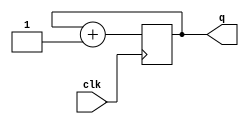
`timescale 1ns / 1ps
//////////////////////////////////////////////////////////////////////////////////
// Company: 
// Engineer: 
// 
// Design Name: 
// Module Name: counter
// Project Name: 
// Target Devices: 
// Tool Versions: 
// Description: 
// 
// Dependencies: 
// 
// Revision:
// Revision 0.01 - File Created
// Additional Comments:
// 
//////////////////////////////////////////////////////////////////////////////////


module counter #(parameter width = 4) (
    output reg [width-1:0] q,
    input clk
);
initial q = 0;

always @(posedge clk)
begin
    q = q + 1;
end
endmodule